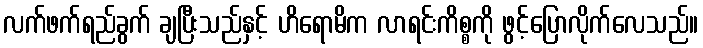
လက်ဖက်ရည်ခွက် ချပြီးသည်နှင့် ဟိရောမိက လာရင်းကိစ္စကို ဖွင့်ပြောလိုက်လေသည်။